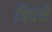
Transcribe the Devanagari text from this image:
बिचमे